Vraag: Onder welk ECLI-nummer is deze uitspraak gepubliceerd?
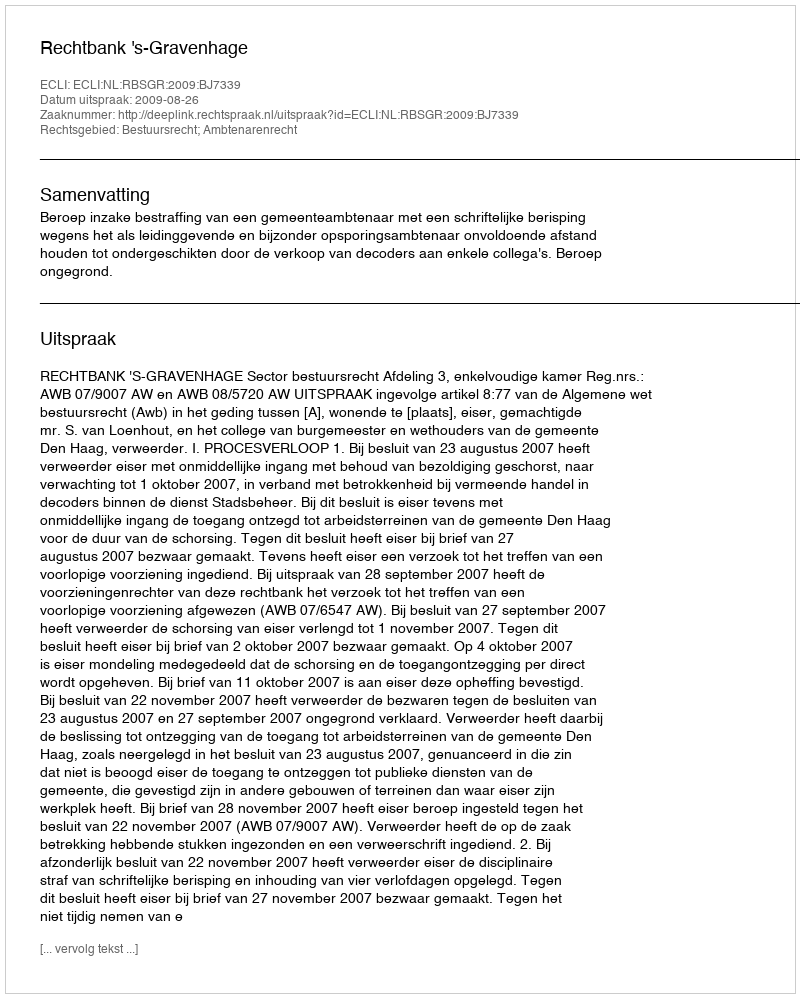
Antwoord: ECLI:NL:RBSGR:2009:BJ7339